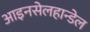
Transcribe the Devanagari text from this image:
आइनसेलहान्डेल